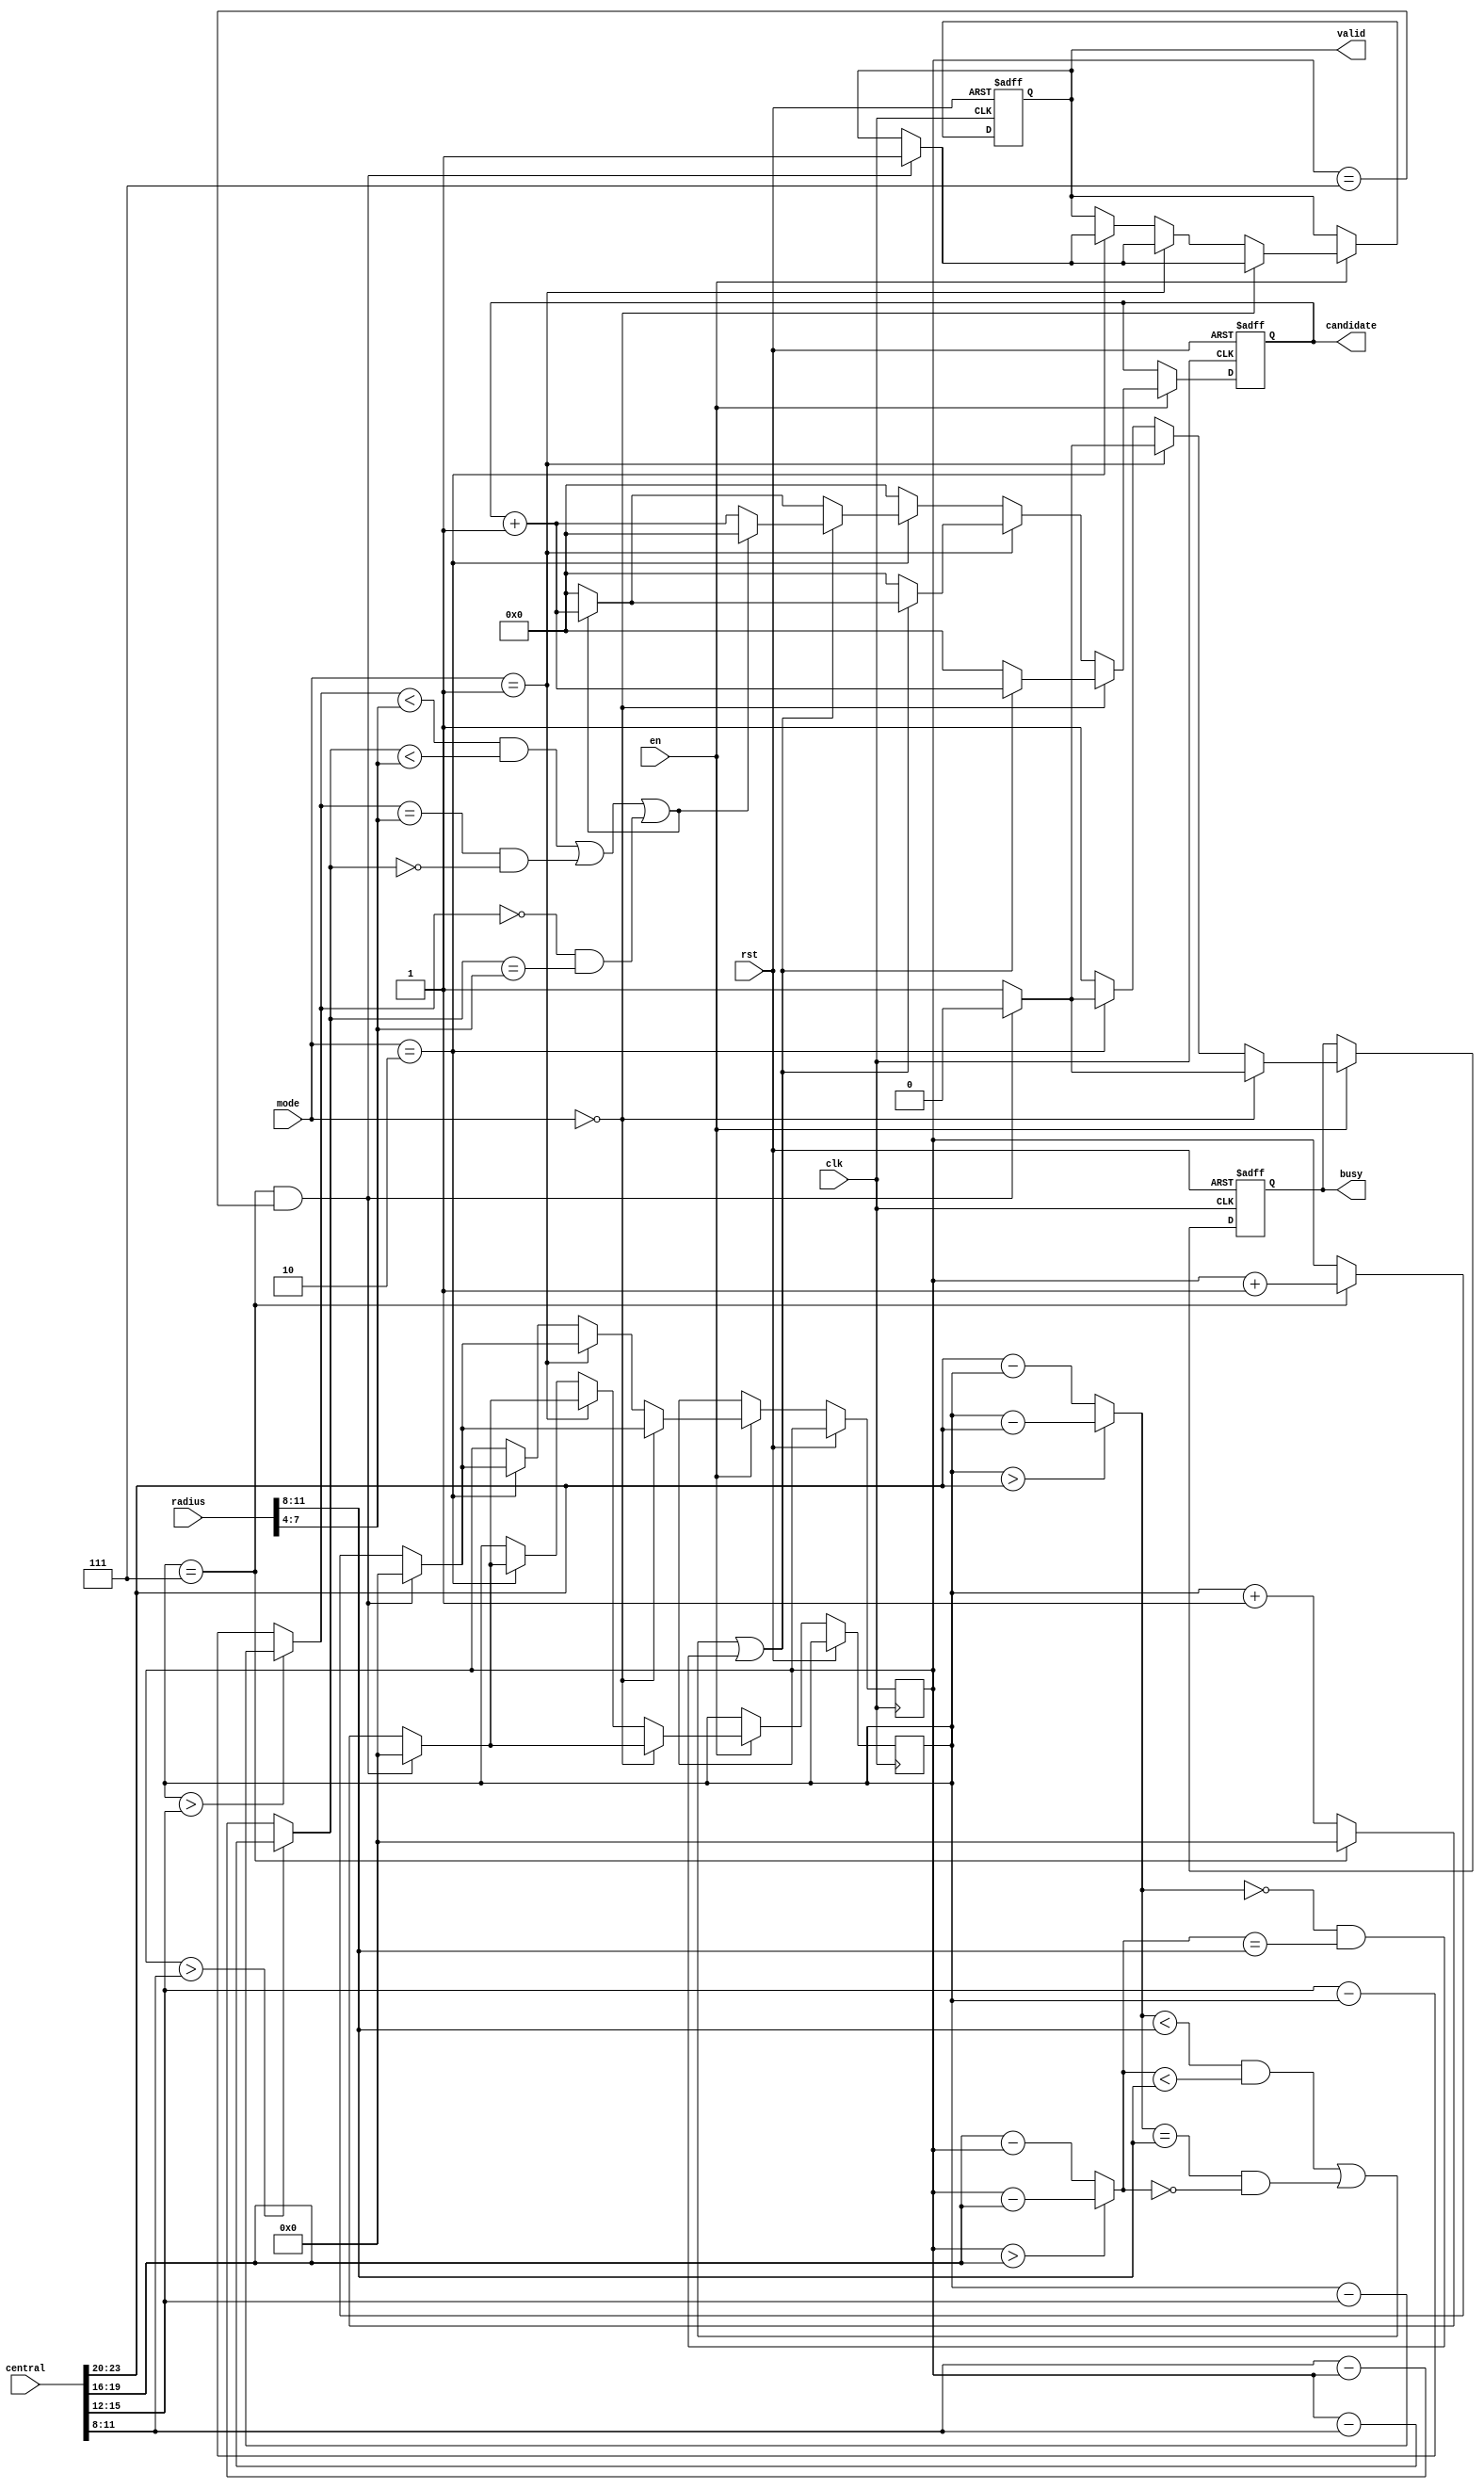
module SET ( clk , rst, en, central, radius, mode, busy, valid, candidate );

input clk, rst;
input en;
input [23:0] central;
input [11:0] radius;
input [1:0] mode;
output reg busy;
output reg valid;
output reg [7:0] candidate; 

wire [3:0] x1 ; wire [3:0] y1 ; wire [3:0] x2; wire [3:0] y2; wire [3:0] r1; wire [3:0] r2;
wire [3:0] deltaX1; wire [3:0] deltaY1; wire [3:0] deltaX2; wire [3:0] deltaY2;
reg  [3:0] current_x; reg [3:0]current_y ;

assign x1 = central[23:20];
assign y1 = central[19:16];
assign x2 = central[15:12];
assign y2 = central[11:8];
assign r1 = radius[11:8];
assign r2 = radius[7:4];
assign deltaX1 = current_x > x1 ? current_x - x1 : x1 - current_x;
assign deltaY1 = current_y > y1 ? current_y - y1 : y1 - current_y;
assign deltaX2 = current_x > x2 ? current_x - x2 : x2 - current_x;
assign deltaY2 = current_y > y2 ? current_y - y2 : y2 - current_y;


integer i, j;

// busy  0 negedge en central radius mode

always @(posedge clk or posedge rst) begin
    if(rst) begin
        /* reset logic */
        busy <= 1'b0;
        valid <= 1'b0;
        candidate <= 8'b0;
    end
    else begin
        if(en) begin
            /* SET logic */
            busy <= 1'b1;
            candidate <= 8'b0;
            if(mode == 2'b00) begin
                // Determine if the point is in the circle
                if((deltaX1 < r1 && deltaY1 < r1) || (deltaX1 == r1 && deltaY1 == 0) || (deltaX1 == 0 && deltaY1 == r1)) begin
                    candidate <= candidate + 1;
                end
                // update current_x and current_y
                if(current_x == 7 && current_y == 7) begin
                    valid <= 1'b1;
                    busy <= 1'b0;
                    current_x <= 0;
                    current_y <= 0;
                end
                else if(current_x == 7) begin
                    current_x <= 0;
                    current_y <= current_y + 1;
                end
                else begin
                    current_x <= current_x + 1;
                end
                
            end
            else if(mode == 2'b01) begin
                // Determine if the point is in the A U B
                if((deltaX1 < r1 && deltaY1 < r1) || (deltaX1 == r1 && deltaY1 == 0) || (deltaX1 == 0 && deltaY1 == r1)) begin
                    if((deltaX2 < r2 && deltaY2 < r2) || (deltaX2 == r2 && deltaY2 == 0) || (deltaX2 == 0 && deltaY2 == r2)) begin
                        candidate <= candidate + 1;
                    end
                end
                else if((deltaX2 < r2 && deltaY2 < r2) || (deltaX2 == r2 && deltaY2 == 0) || (deltaX2 == 0 && deltaY2 == r2)) begin
                    if((deltaX1 < r1 && deltaY1 < r1) || (deltaX1 == r1 && deltaY1 == 0) || (deltaX1 == 0 && deltaY1 == r1)) begin
                        candidate <= candidate + 1;
                    end
                end
                // update current_x and current_y
                if(current_x == 7 && current_y == 7) begin
                    valid <= 1'b1;
                    busy <= 1'b0;
                    current_x <= 0;
                    current_y <= 0;
                end
                else if(current_x == 7) begin
                    current_x <= 0;
                    current_y <= current_y + 1;
                end
                else begin
                    current_x <= current_x + 1;
                end
            end
            else if(mode == 2'b10) begin
                // Determine if the point is in the (AB)-(AB)
                if((deltaX1 < r1 && deltaY1 < r1) || (deltaX1 == r1 && deltaY1 == 0) || (deltaX1 == 0 && deltaY1 == r1)) begin
                    if(!((deltaX2 < r2 && deltaY2 < r2) || (deltaX2 == r2 && deltaY2 == 0) || (deltaX2 == 0 && deltaY2 == r2))) begin
                        candidate <= candidate + 1;
                    end
                end
                else if((deltaX2 < r2 && deltaY2 < r2) || (deltaX2 == r2 && deltaY2 == 0) || (deltaX2 == 0 && deltaY2 == r2)) begin
                    if(!((deltaX1 < r1 && deltaY1 < r1) || (deltaX1 == r1 && deltaY1 == 0) || (deltaX1 == 0 && deltaY1 == r1))) begin
                        candidate <= candidate + 1;
                    end
                end
                // update current_x and current_y
                if(current_x == 7 && current_y == 7) begin
                    valid <= 1'b1;
                    busy <= 1'b0;
                    current_x <= 0;
                    current_y <= 0;
                end
                else if(current_x == 7) begin
                    current_x <= 0;
                    current_y <= current_y + 1;
                end
                else begin
                    current_x <= current_x + 1;
                end
            end
        end
    end

end


endmodule